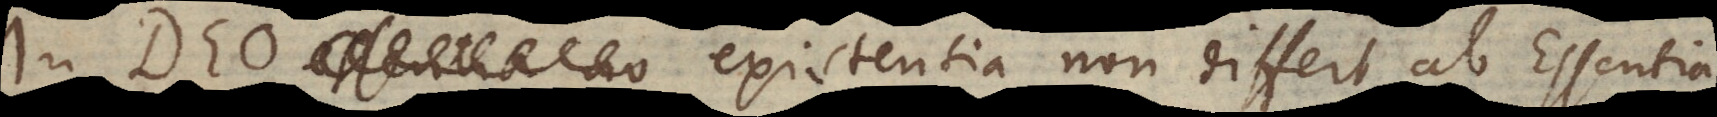
ia no existentia non differt ab Essentia,